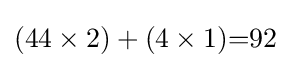
(44\times 2)+(4\times 1){=}92